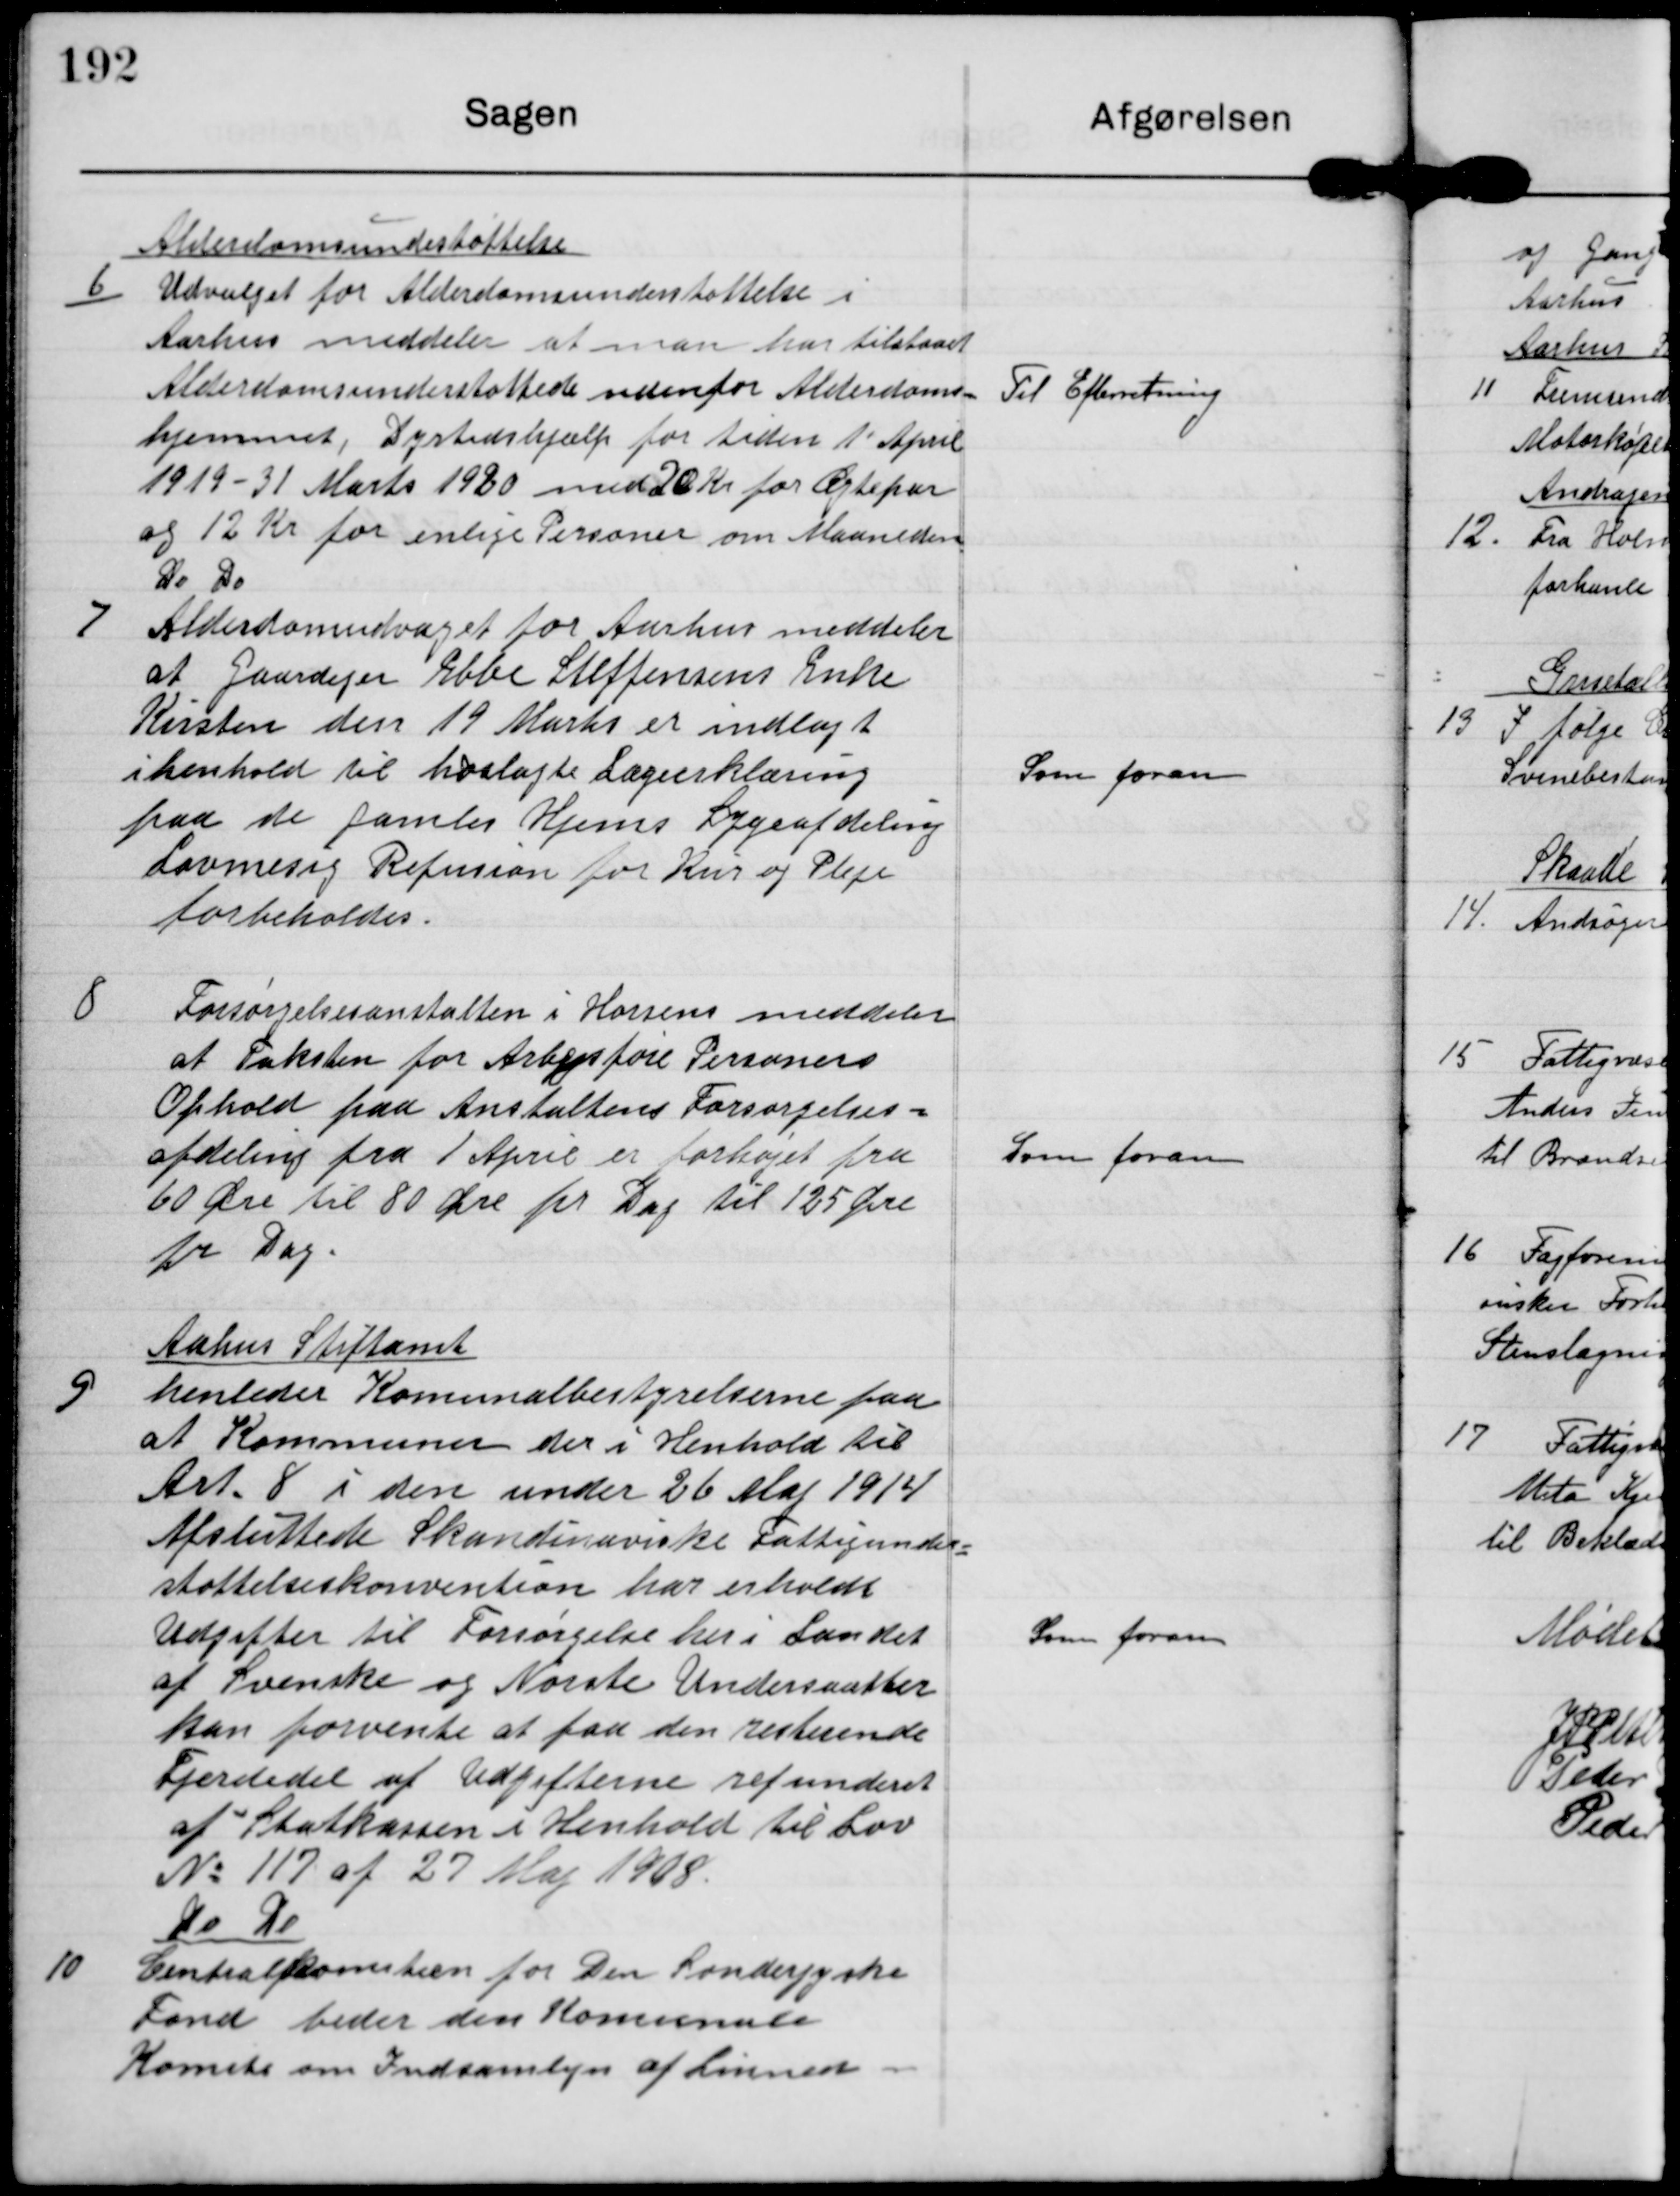
Transskription:
6

Alderdomsunderstøttelse
Udvalgt for Alderdomsunderstøttelse i
Aarhus meddeler at man har tilstaaet
Alderdomsunderstøttede udenfor Alderdoms-
hjemmet, Dyrtidshjælp for tiden 1 April
1919-31 Marts 1920 med 20 Kr for Ægtepar
og 12 Kr for enlige Personer om Maaneden

Til Efterretning

7

Do Do
Alderdomsudvaget for Aarhus meddeler
at Gaardejer Ebbe Steffensens Enke
Kirsten den 19 Marts er indlagt
i henhold til hoslagte Lægeerklæring
paa de Gamles Hjems Sygeafdeling
Lovmæsig Refusion for Kur og Pleje
forbeholdes

Som foran

8

Forsørgelseanstalten i horsens meddeler
at Taksten for Arbejdsføre Personers
Ophold paa Anstaltens Forsørgelses-
afdeling fra 1. April er forhøjet fra
60 Øre til 80 Øre pr. Dag til 125 Øre
pr. Dag.

Som foran

9

Aarhus Stiftamt
henleder Kommunalbestyrelserne paa
at Kommunen der i Henhold til
Art. 8 i den under 26 Maj 1914
Afsluttede Skandinaviske Fattigunder-
støttelseskonvention har erholdt
Udgifter til Forsørgelse her i i Landet
af Svenske og Norske Undeersaatter
kan forvente at faa den resterende
Fjerdedel af Udgifterne refunderet
af Skatkassen i Henhold til Lov
No 117 af 27 Maj 1908

Som foran

10

Do Do
Centralkomiteen for Den Sønderjyske
Fond beder den Komunale
Komite om Indsamling af Linned